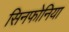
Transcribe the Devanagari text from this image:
सिनफोनिया